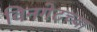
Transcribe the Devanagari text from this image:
विनगेटच्या